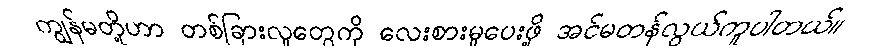
ကျွန်မတို့ဟာ တစ်ခြားလူတွေကို လေးစားမှုပေးဖို့ အင်မတန်လွယ်ကူပါတယ်။